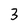
Character: 3